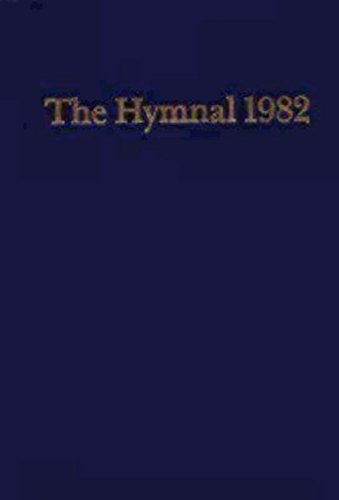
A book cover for Episcopal Hymnal 1982 Blue: Basic Singers Edition; Church Publishing; Christian Books & Bibles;